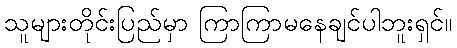
သူများတိုင်းပြည်မှာ ကြာကြာမနေချင်ပါဘူးရှင်။